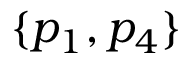
\{ p _ { 1 } , p _ { 4 } \}